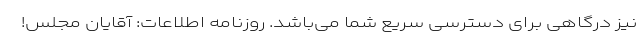
نیز درگاهی برای دسترسی سریع شما می‌باشد. روزنامه اطلاعات: آقایان مجلس!